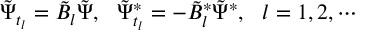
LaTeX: \tilde { \Psi } _ { t _ { l } } = \tilde { B } _ { l } \tilde { \Psi } , \ \ \tilde { \Psi } _ { t _ { l } } ^ { * } = - \tilde { B } _ { l } ^ { * } \tilde { \Psi } ^ { * } , \ \ l = 1 , 2 , \cdots